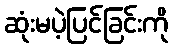
ဆုံးမပဲ့ပြင်ခြင်းကို